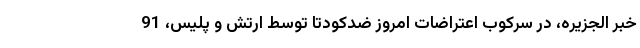
خبر الجزیره، در سرکوب اعتراضات امروز ضدکودتا توسط ارتش و پلیس، 91